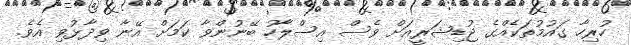
ހުރިހާ ގައުމުތަކެއްގެ ޖުޑިޝަރީއަށް ވެސް އިސްލާހު ބޭނުންވާ ކަމަށް އޭނާ ވިދާޅުވި އެވެ.